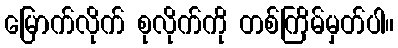
မြောက်လိုက် စုလိုက်ကို တစ်ကြိမ်မှတ်ပါ။